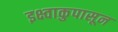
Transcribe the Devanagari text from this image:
इक्ष्वाकुपासून